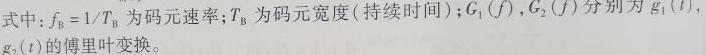
式中：$f_{\text{B}} = 1/T_{\text{B}}$ 为码元速率；$T_{\text{B}}$ 为码元宽度 (持续时间)；$G_{1}(f),G_{2}(f)$ 分别为 $g_{1}(t)$，$g_{2}(t)$ 的傅里叶变换。